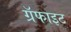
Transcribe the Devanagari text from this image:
ग्रॅफाइट